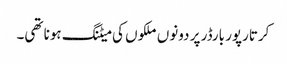
کرتارپور بارڈر پر دونوں ملکوں کی میٹنگ ہونا تھی۔